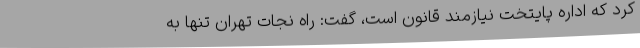
کرد که اداره پایتخت نیازمند قانون است، گفت: راه نجات تهران تنها به